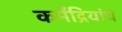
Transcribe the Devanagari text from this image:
कर्मेंद्रियांचे